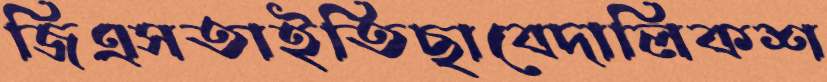
জিএসতাইতিছাবেদালিকশ